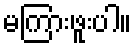
မကြားဖူးပါ။